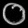
Digit: ၀